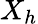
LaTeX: X_{h}